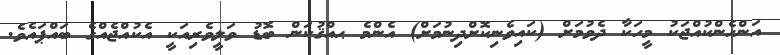
އަންހެންކުއްޖަކު މީހަކާ ދެވުމަށް (ކައިވެނިކޮށްދިނުމަށް) އެންމެ ޙއްޤުކަން ބޮޑު ވަލީވެރިއަކީ އެކުއްޖެއްގެ ބައްޕައެވެ.